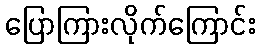
ပြောကြားလိုက်ကြောင်း